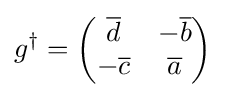
g^{\dagger }={\begin{pmatrix}{\overline {d}}&-{\overline {b}}\\-{\overline {c}}&{\overline {a}}\end{pmatrix}}